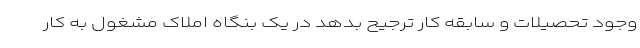
وجود تحصیلات و سابقه کار ترجیح بدهد در یک بنگاه املاک مشغول به کار